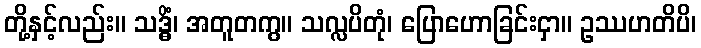
တို့နှင့်လည်း။ သဒ္ဓိံ၊ အတူတကွ။ သလ္လပိတုံ၊ ပြောဟောခြင်းငှာ။ ဥဿဟတိပိ၊